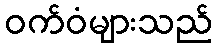
ဝက်ဝံများသည်